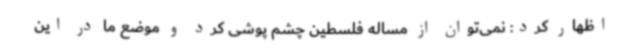
اظهار کرد: نمی‌توان از مساله فلسطین چشم پوشی کرد و موضع ما در این